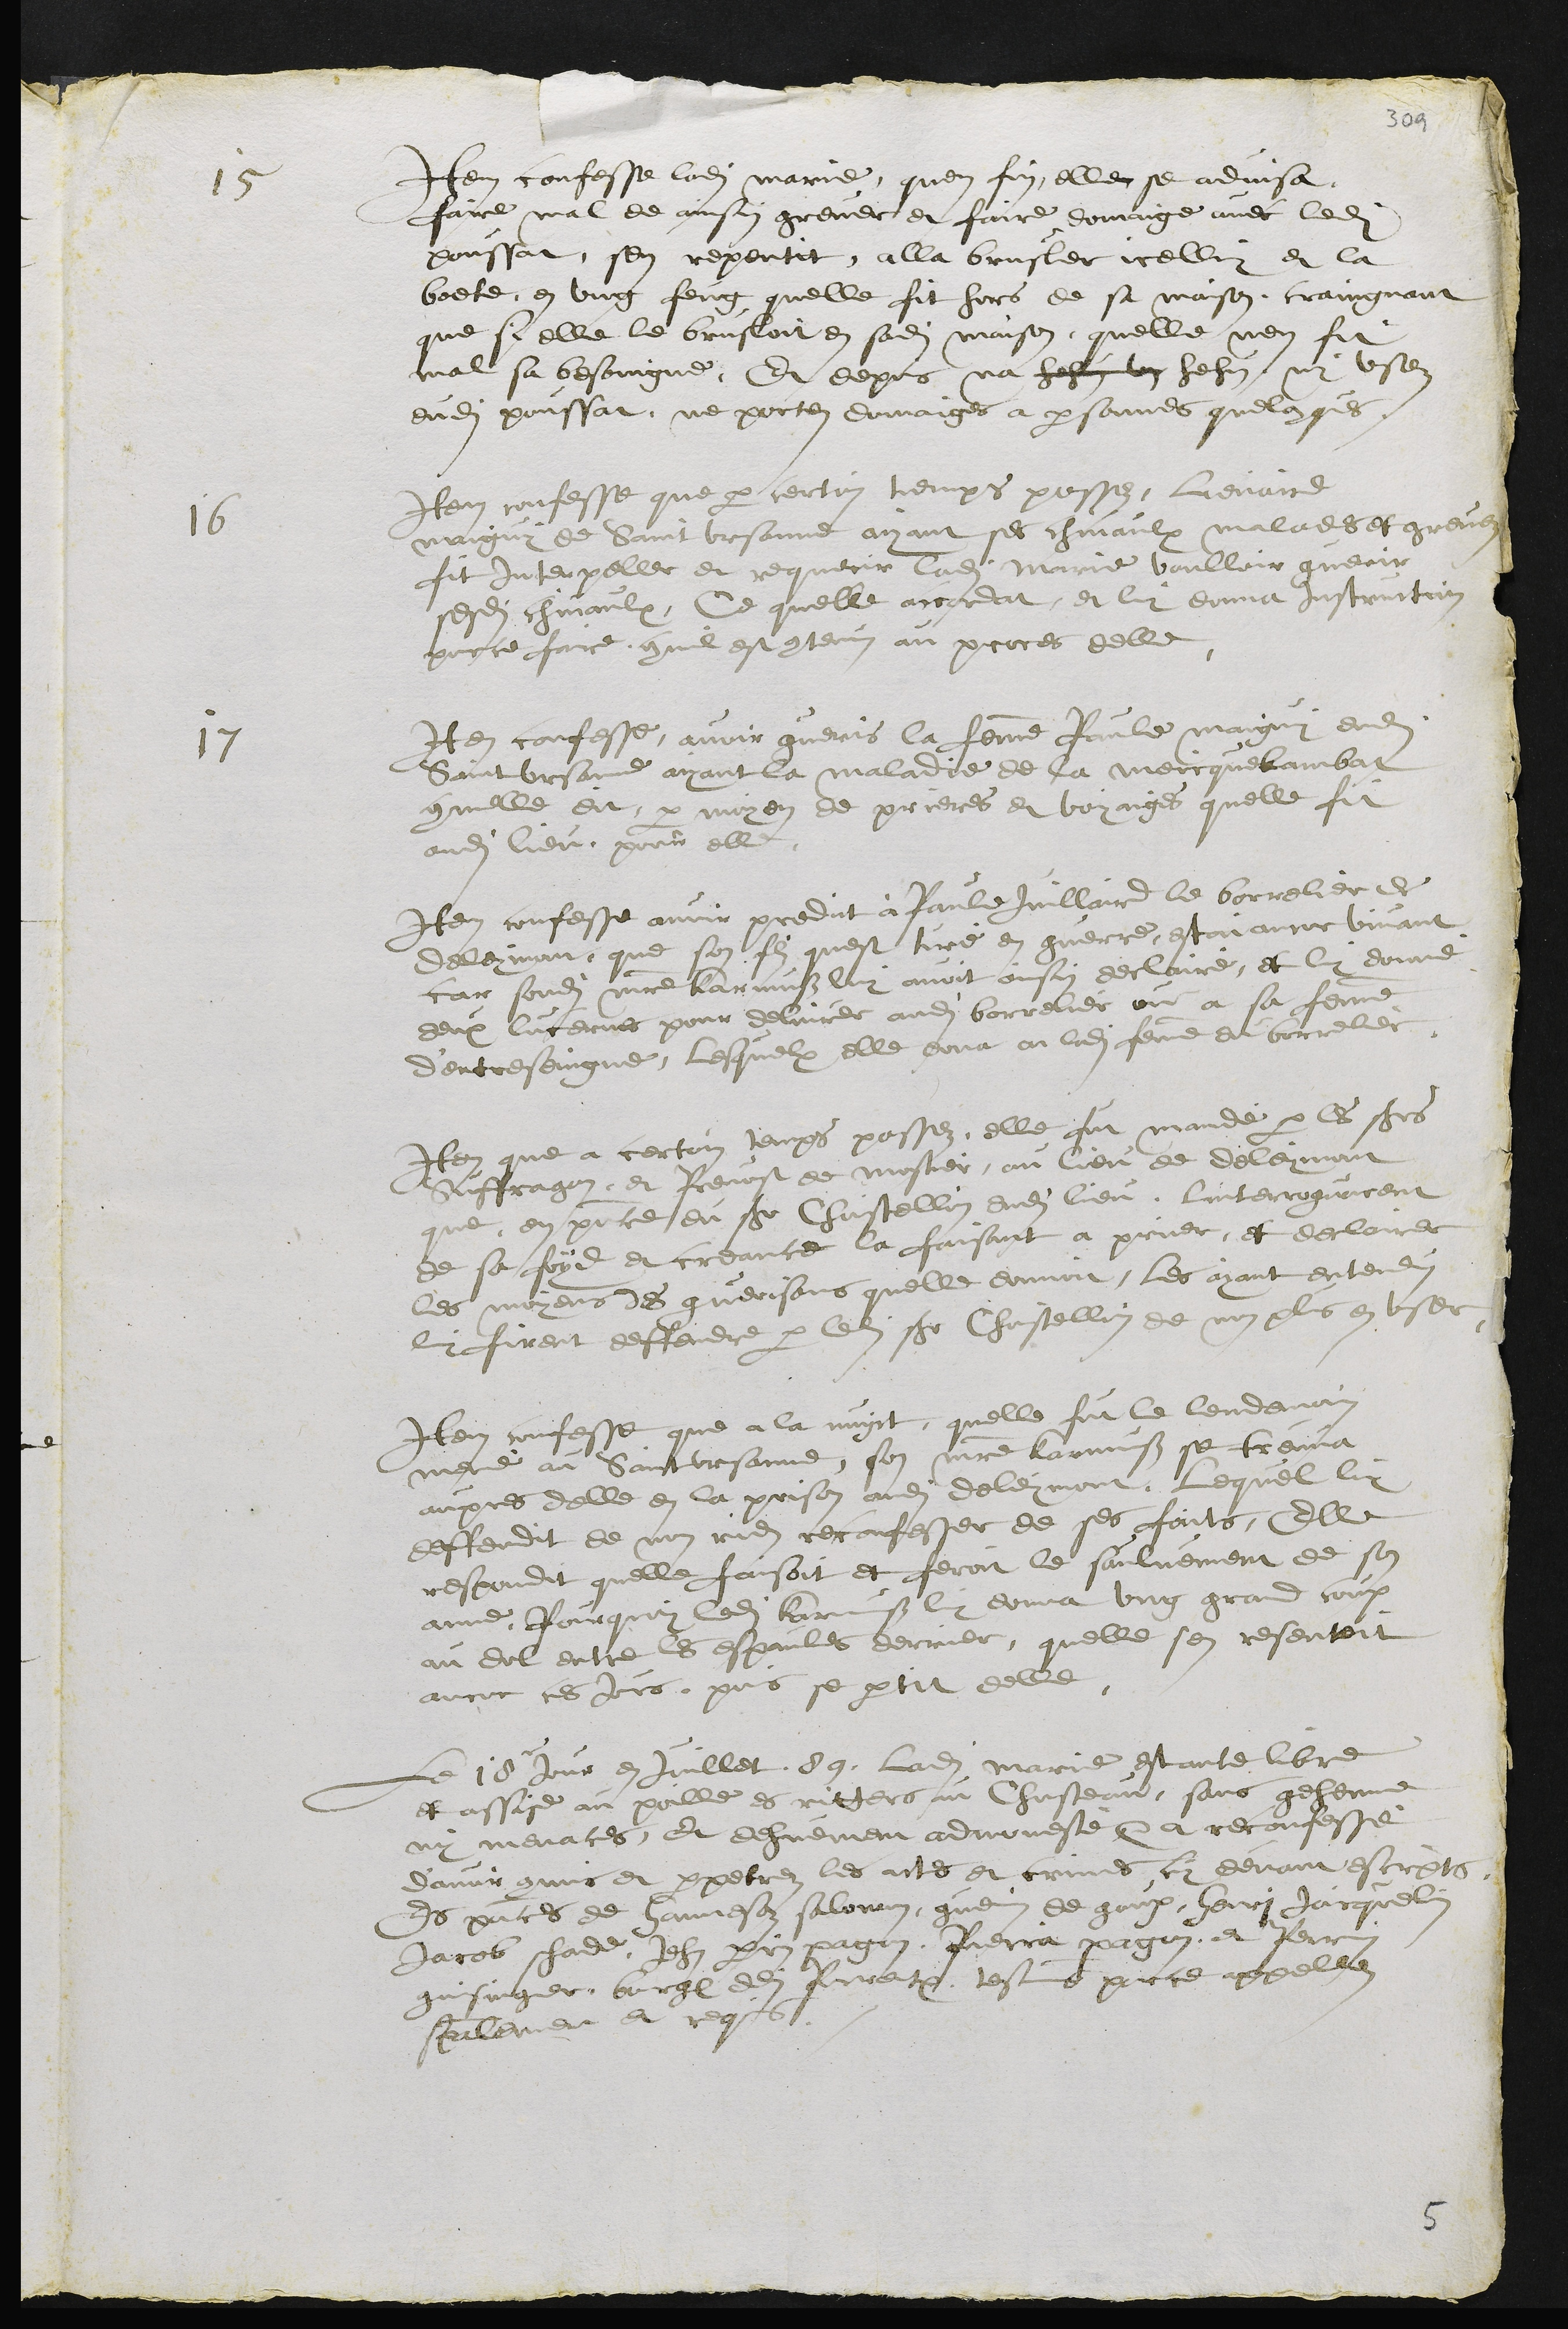
15
Item confesse ladite Marie quen fin elle se advisa,
faire mal de ainsin grever et faire domaige avec ledit
poussat, sen repentit, alla brusler icelluy et la
boete, en ung feug quelle fit hors de sa maison craingnant
que si elle le brusloit en sadite maison, quelle nen fit
mal sa besoingne, Et depuis na hehuz us hehuz, ny usez
dudit poussat, ne portez domaiges a personnes quelconques
16
Item confesse que par certain temps passez, Lienaird
maiguy de Saint Ursanne ayant ses chevaulx malades et grevez
fit Interpeller et requerir ladite Marie voulloir guerir
sesdits chevaulx, Ce quelle acordat, et luy donna instruction
porce faire, commil est contenu au proces delle,
17
Item confesse avoir gueris la femme Paule maiguy dudit
Saint Ursanne ayant la maladie de la meicquelambat
commelle dit, par moyen de prieres et voyaiges quelle fit
audit lieu pour elle
Item confesse avoir predit à Paule Juillaird le borrelier de
Deleymont que son filz quest tiré en guerre, estoit encor vivant
car sondit maitre Karmuss luy avoit ainsy declairé, et luy donné
deux lucernes pour delivrer audit borrelier ou a sa femme
d'entreseingne, lesquelx elle dona a ladite femme du borrelier.
Item que a certain temps passez, elle fut mandé par les seigneurs
Suffragan et Prevost de mostier au lieu de Deleymont
que en presence du Sieur Chastellin dudit lieu, linterroguarent
de sa foid et creance la faisant a prier, et declairer
les moyens des guerisons quelle donnoit, les ayant entendus
luy firent deffendre par ledit Sieur Chastellin de non plus en user
Item confesse que a la nuyt, quelle fut le lendemain
mené au Saint Ursanne, son maistre Karmuss se treuva
aupres delle en la prison audit deleymont, lequel luy
deffendit de non rien reconfesser de ses faits, Elle
respondit quelle faisoit et feroit le saulvement de son
ame, Pourquoy ledit Karmuss luy donna ung grand coup
au dol entre les espaules derrier, quelle sen resentoit
ancor ces jours, puis se partit delle
Le 18e jour en juillet 89, ladite Marie estante libre
et assise au poille es ritters au Chasteau, sans gehenne
ny menaces, Et dehuement admonesté etc a reconfessé
d'avoir commis et perpetrez les actes et crimes cy devant escripts,
Es presences de Hannesoz salomon, guenin de gaux, Henri Jacquelin
Jacob schade, Jehan perrin pagan, Pierra pagan et Perrin
guissinger, bourgeois dudit Pourrentruy, tesmoins pour ce appellez
specialement et requis

5